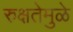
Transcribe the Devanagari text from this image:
रुक्षतेमुळे